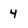
Character: 4